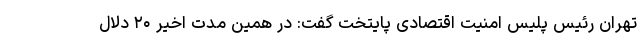
تهران رئیس پلیس امنیت اقتصادی پایتخت گفت: در همین مدت اخیر ۲۰ دلال